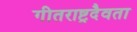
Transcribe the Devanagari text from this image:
गीतराष्ट्रदैवता